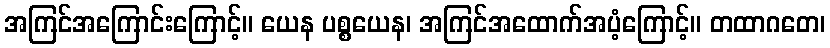
အကြင်အကြောင်းကြောင့်။ ယေန ပစ္စယေန၊ အကြင်အထောက်အပံ့ကြောင့်။ တထာဂတေ၊